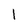
Character: l